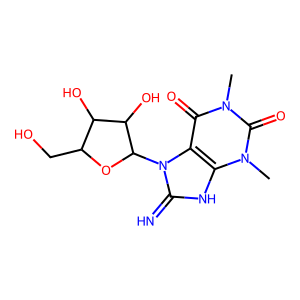
SMILES: Cn1c(=O)c2c([nH]c(=N)n2C2OC(CO)C(O)C2O)n(C)c1=O
Inhibits HIV replication: No